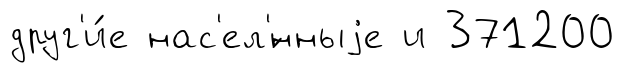
друг'и́е нас'ел'́нныjе и 371200